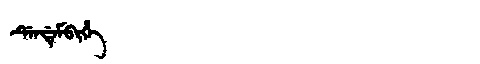
Manchu: ᡩᡝᠨᡩᡝᠮᠪᡳᡥᡝ
Romanization: DENDEMBIHE